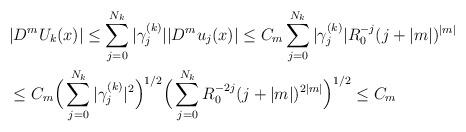
LaTeX: \begin{align*}&|D^m U_k(x)|\le \sum_{j=0}^{N_k}|\gamma_j^{(k)}||D^m u_j(x)|\le C_m\sum_{j=0}^{N_k}|\gamma_j^{(k)}|R_0^{-j}(j+|m|)^{|m|}\\&\le C_m\Big(\sum_{j=0}^{N_k}|\gamma_j^{(k)}|^2\Big)^{1/2}\Big(\sum_{j=0}^{N_k} R_0^{-2j}(j+|m|)^{2|m|}\Big)^{1/2}\le C_m\end{align*}